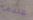
عندما